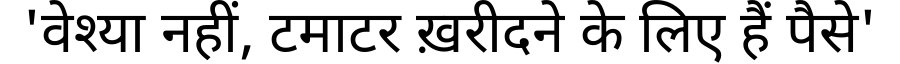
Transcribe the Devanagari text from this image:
'वेश्या नहीं, टमाटर ख़रीदने के लिए हैं पैसे'